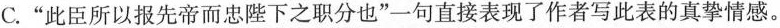
C.”此臣所以报先帝而忠陛下之职分也”一句直接表现了作者写此表的真挚情感。